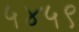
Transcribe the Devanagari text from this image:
५४५९